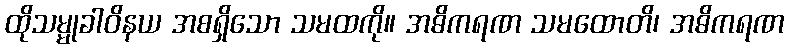
ထိုသမ္မုခါဝိနယ အစရှိသော သမထကို။ အဓိကရဏ သမထောတိ၊ အဓိကရဏ